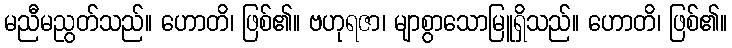
မညီမညွတ်သည်။ ဟောတိ၊ ဖြစ်၏။ ဗဟုရဇာ၊ မျာစွာသောမြူရှိသည်။ ဟောတိ၊ ဖြစ်၏။